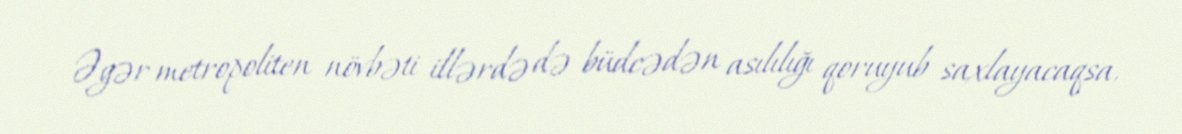
Əgər metropoliten növbəti illərdə də büdcədən asılılığı qoruyub saxlayacaqsa,